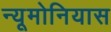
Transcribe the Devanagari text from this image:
न्यूमोनियास